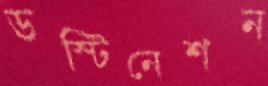
ডস্টিনেশন